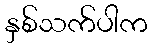
နှစ်သက်ပါက